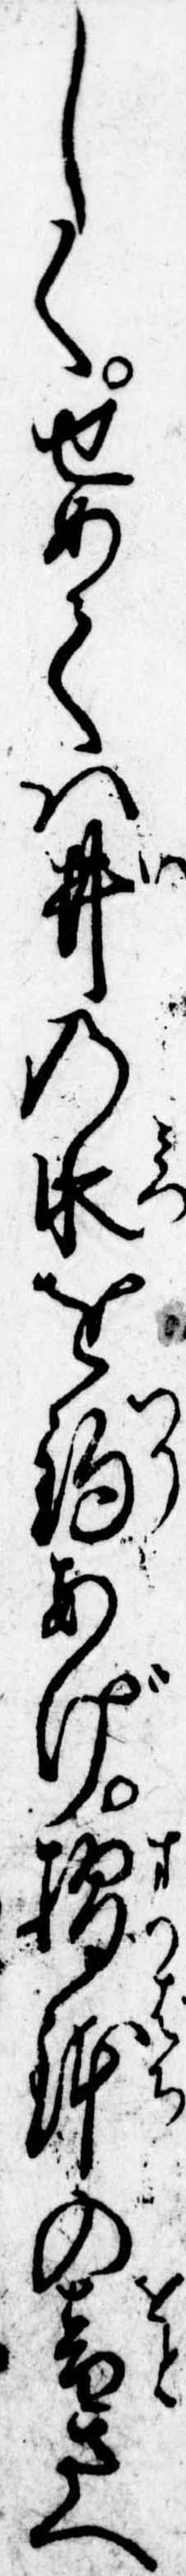
しくせめては井の水を釣あげ摺鉢の音さへ